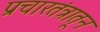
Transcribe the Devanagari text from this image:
प्रचारतंत्रातून